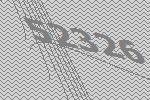
52326